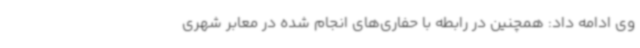
وی ادامه داد: همچنین در رابطه با حفاری‌های انجام شده در معابر شهری